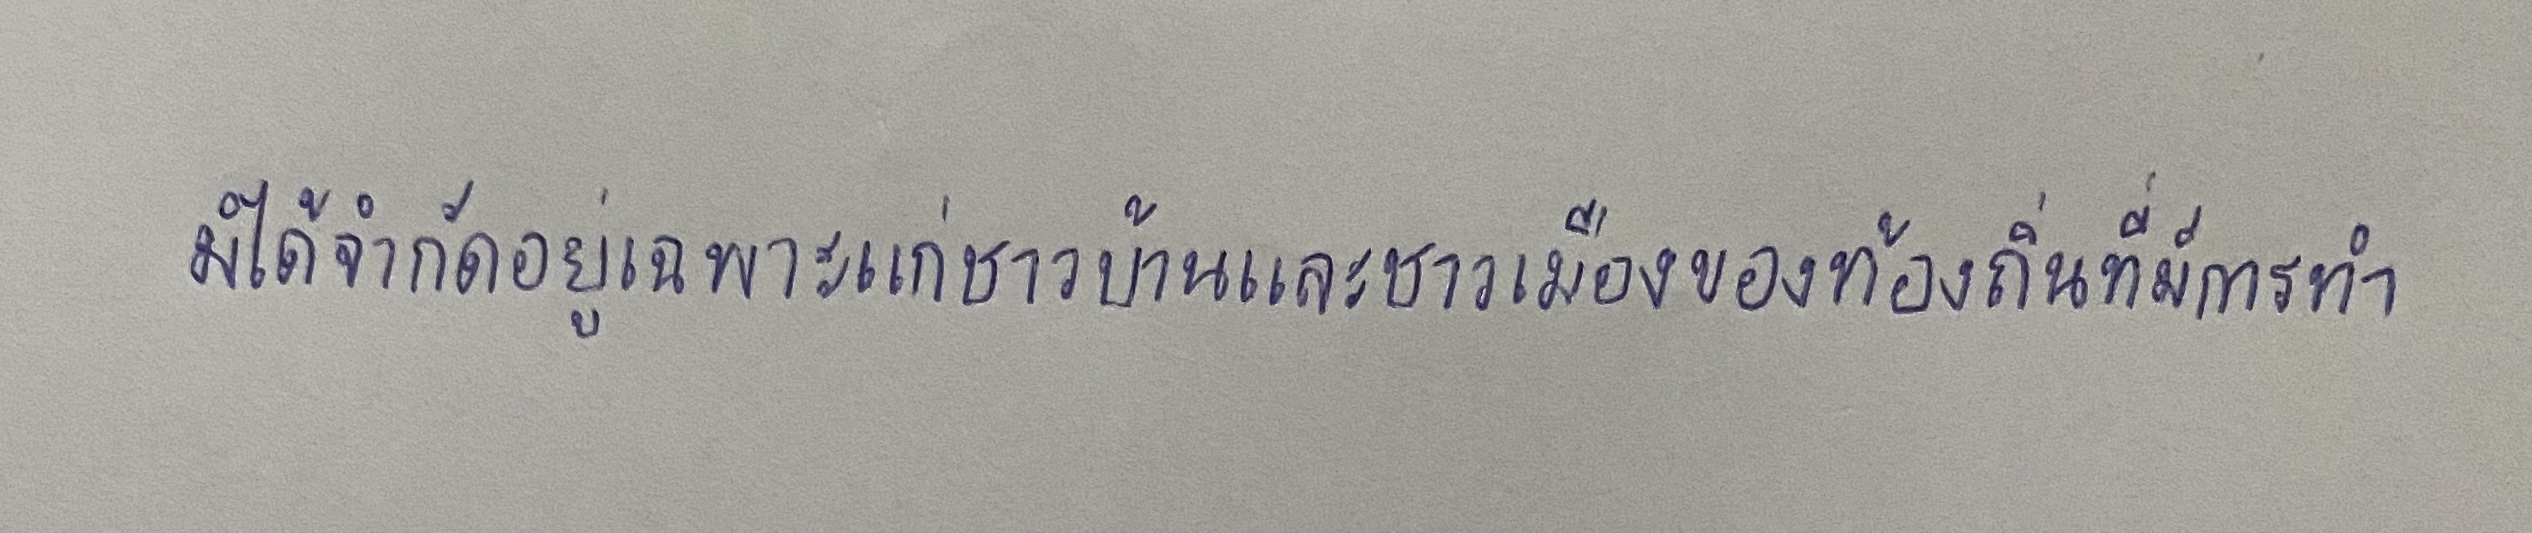
มิได้จำกัดอยู่เฉพาะแก่ชาวบ้านและชาวเมืองของท้องถิ่นที่มีการทำ